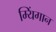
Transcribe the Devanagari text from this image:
म्यिंगान